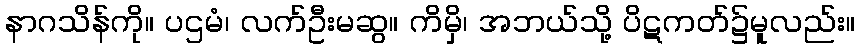
နာဂသိန်ကို။ ပဌမံ၊ လက်ဦးမဆွ။ ကိမှိ၊ အဘယ်သို့ ပိဋကတ်၌မူလည်း။